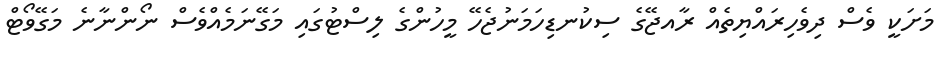
މަށަކީ ވެސް ދިވެހިރައްޔިތެއް ރާއޖޭގެ ސިކުނޑިހަމަނުޖެހޭ މީހުންގެ ލިސްޓުގައި މަގޭނަމެއްވެސް ނޯންނާނެ މަގޭވޯޓް